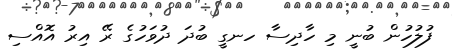
ފުލުހުން ބުނީ މި ހާދިސާ ހނގީ ބުދަ ދުވަހުގެ ރޭ އިރު އޮއްސި